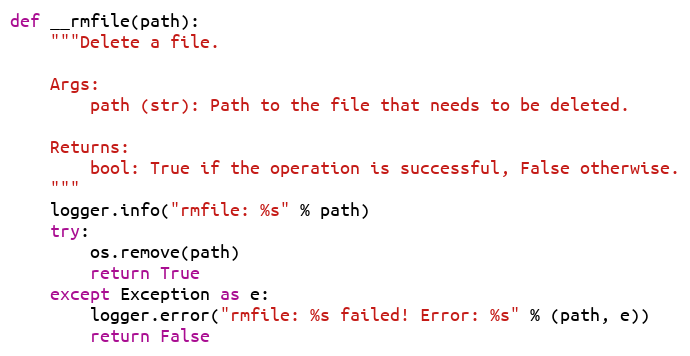
Language: Python
def __rmfile(path):
    """Delete a file.

    Args:
        path (str): Path to the file that needs to be deleted.

    Returns:
        bool: True if the operation is successful, False otherwise.
    """
    logger.info("rmfile: %s" % path)
    try:
        os.remove(path)
        return True
    except Exception as e:
        logger.error("rmfile: %s failed! Error: %s" % (path, e))
        return False